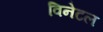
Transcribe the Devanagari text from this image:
विनेटल